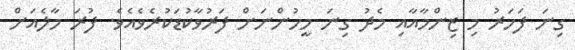
ގިނަ ފަހަރު މި ޒިންމާއާއި މެދު ގިނަ މީހުންނަށް ފަރުވާކުޑަކުރެވެއެވެ. ފުރަ މާލެއަށް